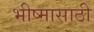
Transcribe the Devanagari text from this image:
भीष्मासाठी